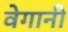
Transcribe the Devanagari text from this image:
वेगानी